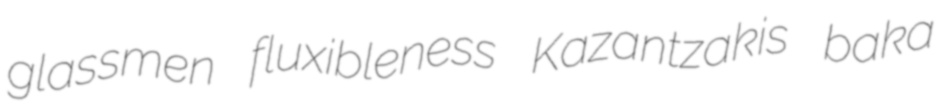
glassmen fluxibleness Kazantzakis baka